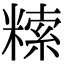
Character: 𥻨